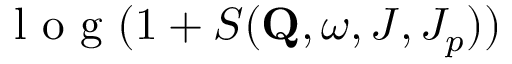
\mathrm { ~ l ~ o ~ g ~ } ( 1 + S ( \mathbf { Q } , \omega , J , J _ { p } ) )